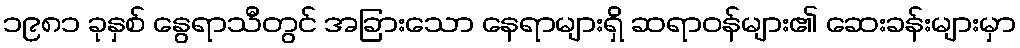
၁၉၈၁ ခုနှစ် နွေရာသီတွင် အခြားသော နေရာများရှိ ဆရာဝန်များ၏ ဆေးခန်းများမှာ